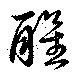
醒